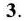
3.